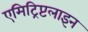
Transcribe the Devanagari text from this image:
एमिट्रिप्टलाइन